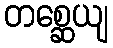
တစ္ဆေယျ